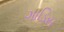
ગાડિસ